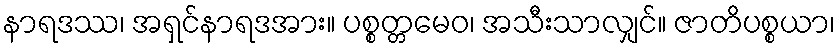
နာရဒဿ၊ အရှင်နာရဒအား။ ပစ္စတ္တမေဝ၊ အသီးသာလျှင်။ ဇာတိပစ္စယာ၊